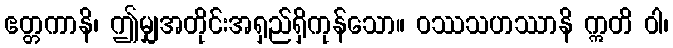
ဧတ္တကာနိ၊ ဤမျှအတိုင်းအရှည်ရှိကုန်သော။ ဝဿသဟဿာနိ ဣတိ ဝါ၊